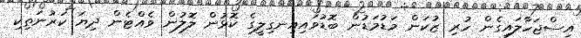
އިސްޖަހާލައިގެން ހުރި ޒުކަން މަޑުމަޑުން ބޮޑުވައިއިނގިލީގެ ކޮޅުން ލޮލުން ވެއްޓެން ދިޔަ ކަރުނަތިކި